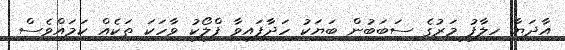
އާދަޔާ ހިލާފު މަރުގެ ސަބަބުން ބަޔަކު ހަދާފައިވާ ފްލޯކު ވާހަކަ ތަކެއް ކަމައްވެސް